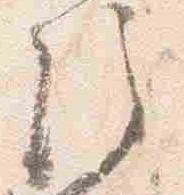
注